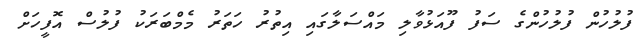
ފުލުހުން ފުލުހުންގެ ސަފު ފޫއަޅުވާލި މައްސަލާގައި އިތުރު ހަތަރު މެމްބަރަކު ފުލުސް އޮފީހަށް